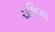
રાજિયા